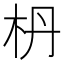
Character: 枬